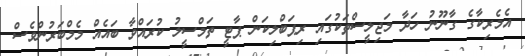
އެމެރިކާގެ ގާނޫނު ހަދާ މަޖިލީސްތަކުގައި ރިޕަބްލިކަން ޕާޓީ ތަމްސީލު ކުރައްވާ ބައެއް މެމްބަރުންވެސް